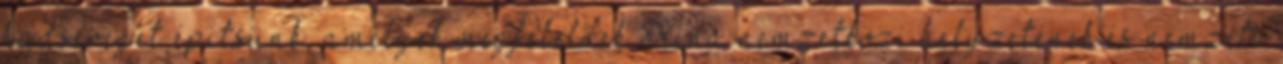
hadsereget építsünk, amelyek megfelelnek Kína nemzetközi helyzetének és nemzeti